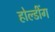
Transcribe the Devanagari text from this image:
होल्डींग